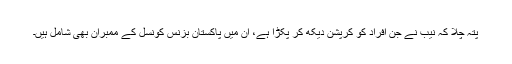
پتہ چلا کہ نیب نے جن افراد کو کرپشن دیکھ کر پکڑا ہے، ان میں پاکستان بزنس کونسل کے ممبران بھی شامل ہیں۔